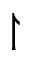
\upharpoonright